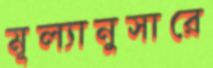
মূল্যানুসারে